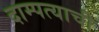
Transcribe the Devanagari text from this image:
दाम्पत्याची